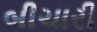
બીચારી